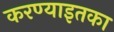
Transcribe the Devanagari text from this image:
करण्याइतका